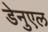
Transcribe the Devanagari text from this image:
डेनुएल